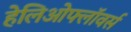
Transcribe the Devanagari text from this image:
हेलिओफ्लॉवर्स